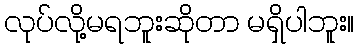
လုပ်လို့မရဘူးဆိုတာ မရှိပါဘူး။